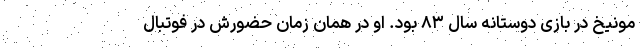
مونیخ در بازی دوستانه سال ۸۳ بود. او در همان زمان حضورش در فوتبال